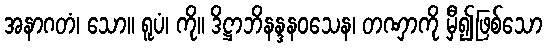
အနာဂတံ၊ သော။ ရူပံ၊ ကို။ ဒိဋ္ဌာဘိနန္ဒနဝသေန၊ တဏှာကို မှီ၍ဖြစ်သော